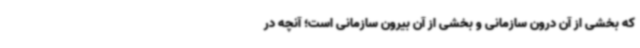
که بخشی از آن درون سازمانی و بخشی از آن بیرون سازمانی است؛ آنچه در